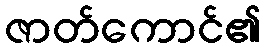
ဇာတ်ကောင်၏